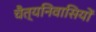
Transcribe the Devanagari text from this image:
चैत्यनिवासियों